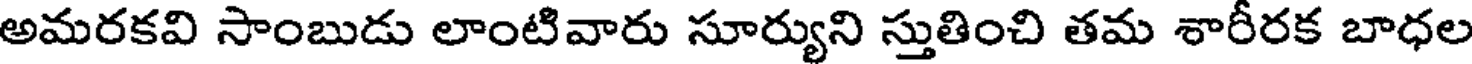
అమరకవి సాంబుడు లాంటివారు సూర్యుని స్తుతించి తమ శారీరక బాధల